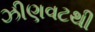
ઝીણવટથી